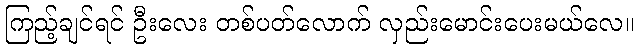
ကြည့်ချင်ရင် ဦးလေး တစ်ပတ်လောက် လှည်းမောင်းပေးမယ်လေ။